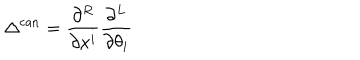
LaTeX: \Delta ^ { \mathrm { c a n } } = \frac { \partial ^ { R } } { \partial x ^ { i } } \frac { \partial ^ { L } } { \partial \theta _ { i } }